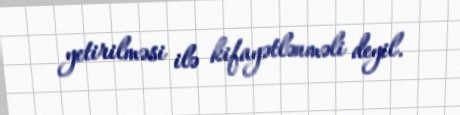
yetirilməsi ilə kifayətlənməli deyil.